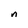
Character: n